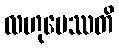
လဟုမေဿတိ